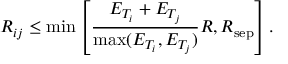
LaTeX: R _ { i j } \leq \mathrm { m i n } \left[ \frac { E _ { T _ { i } } + E _ { T _ { j } } } { \mathrm { m a x } ( E _ { T _ { i } } , E _ { T _ { j } } ) } R , R _ { \mathrm { s e p } } \right] .